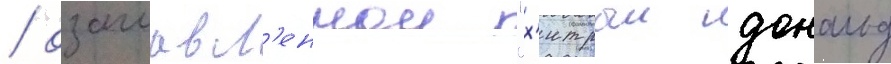
/ озаглавл'еннои "х'итрыи дональд